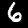
Label: 6